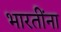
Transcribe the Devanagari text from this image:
भारतींना